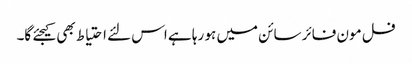
فل مون فائر سائن میں ہو رہا ہے اس لئے احتیاط بھی کیجئے گا۔